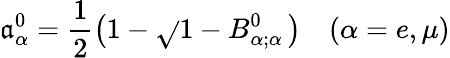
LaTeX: \mathfrak{a}_{\alpha}^{0}=\frac{{1}}{{2}}\left(1-\sqrt{}{{1-B_{\alpha;\alpha}^{0}}}\, \right)\quad(\alpha=e,\mu)